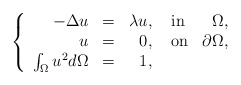
\begin{align*}\left\{\begin{array}{rrrlr}-\Delta u &=& \lambda u,\ &{\rm in} &\Omega,\\u &=& 0,\ &{\rm on} &\partial\Omega,\\\int_{\Omega} u^2 d\Omega &=& 1,\ & &\end{array}\right.\end{align*}